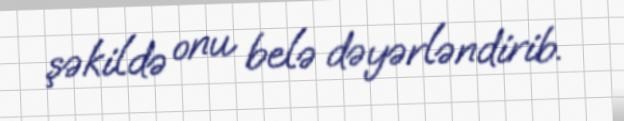
şəkildə onu belə dəyərləndirib.